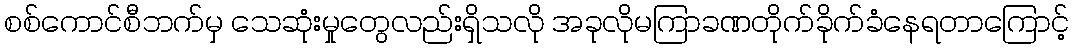
စစ်ကောင်စီဘက်မှ သေဆုံးမှုတွေလည်းရှိသလို အခုလိုမကြာခဏတိုက်ခိုက်ခံနေရတာကြောင့်